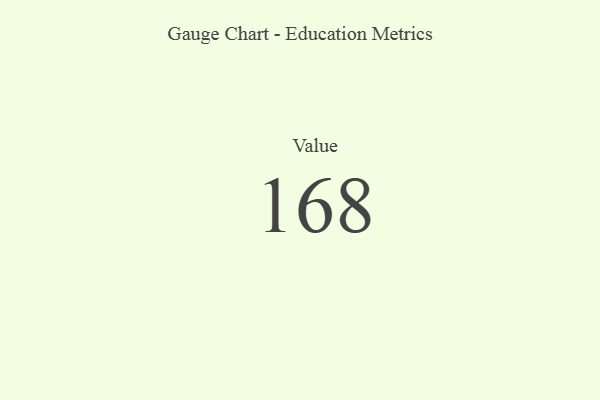
{"axis": {"x": "Metric", "y": "Value"}, "legend": [""], "data": [{"x": "Value", "y": 168, "type": ""}]}